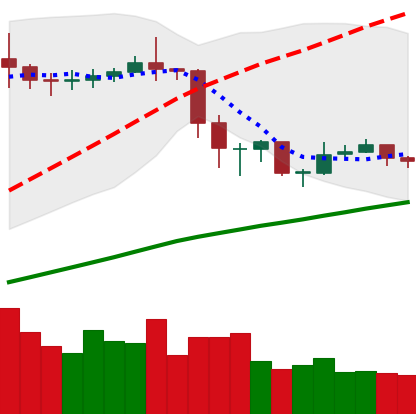
Ticker: ETC-USD
Chart end date: 2020-02-25
Forward return: -16.164%
Label: down_7plus